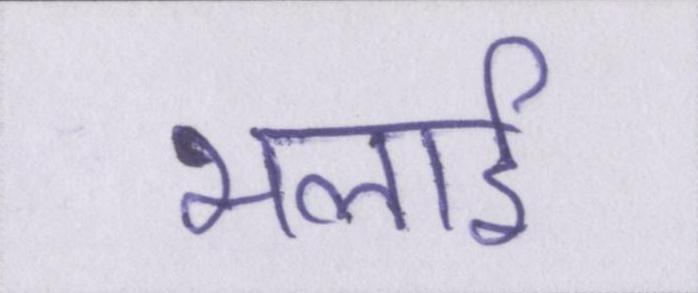
भलाई